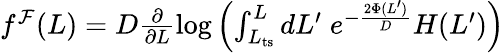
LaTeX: \begin{array}{r}{f^{\mathcal{F}}(L)=D\frac{\partial}{\partial L}\log\left(\int_{L_{\mathrm{ts}}}^{L}dL^{\prime}\; e^{-\frac{2\Phi(L^{\prime})}{D}}H(L^{\prime})\right)}\end{array}